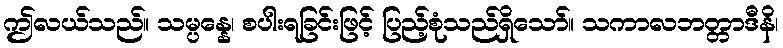
ဤလယ်သည်။ သမ္ပန္နေ၊ စပါးရခြင်းဖြင့် ပြည့်စုံသည်ရှိသော်။ သကာလဘတ္တာဒီနိ၊